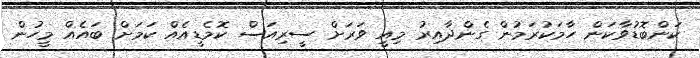
ކަންބޮޑުވާކަން ހާމަކުރަމުން ގެންދާއިރު މިއީ ވަރަށް ސީރިއަސް ކޮމެޑީއެއް ކަމަށް ބައެއް މީހުން